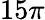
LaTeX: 15\pi